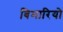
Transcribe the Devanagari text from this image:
बिमारियो